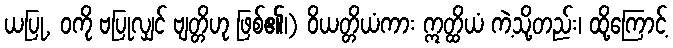
ယပြု, ဝကို ဗပြုလျှင် ဗျတ္တိဟု ဖြစ်၏၊) ဝိယတ္တိယံကား ဣတ္ထိယံ ကဲ့သို့တည်း၊ ထို့ကြောင့်